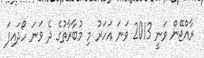
ރާއްޖޭން ވަނީ 2013 ވަނަ އަހަރު މި މުބާރާތުގެ ދެ ވަނަ ހޯދައިފަ